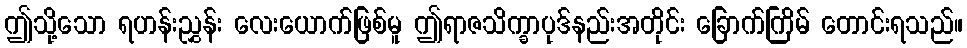
ဤသို့သော ရဟန်းညွှန်း လေးယောက်ဖြစ်မူ ဤရာဇသိက္ခာပုဒ်နည်းအတိုင်း ခြောက်ကြိမ် တောင်းရသည်။